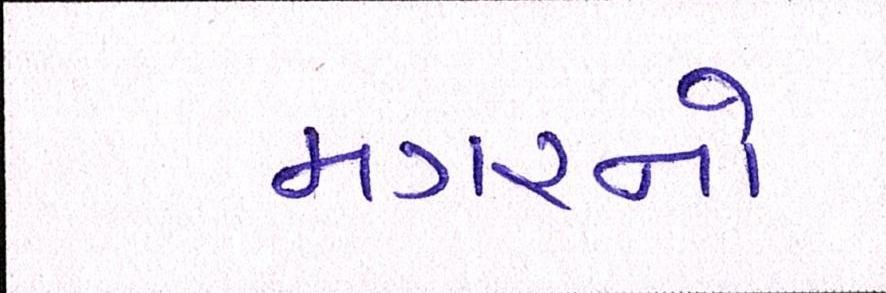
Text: મગરનો